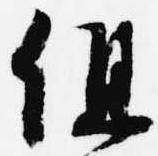
但